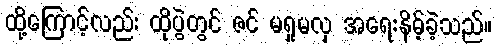
ထို့ကြောင့်လည်း ထိုပွဲတွင် ဇင် မရှုမလှ အရေးနိမ့်ခဲ့သည်။